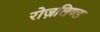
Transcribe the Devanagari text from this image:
रोज़लिण्ड